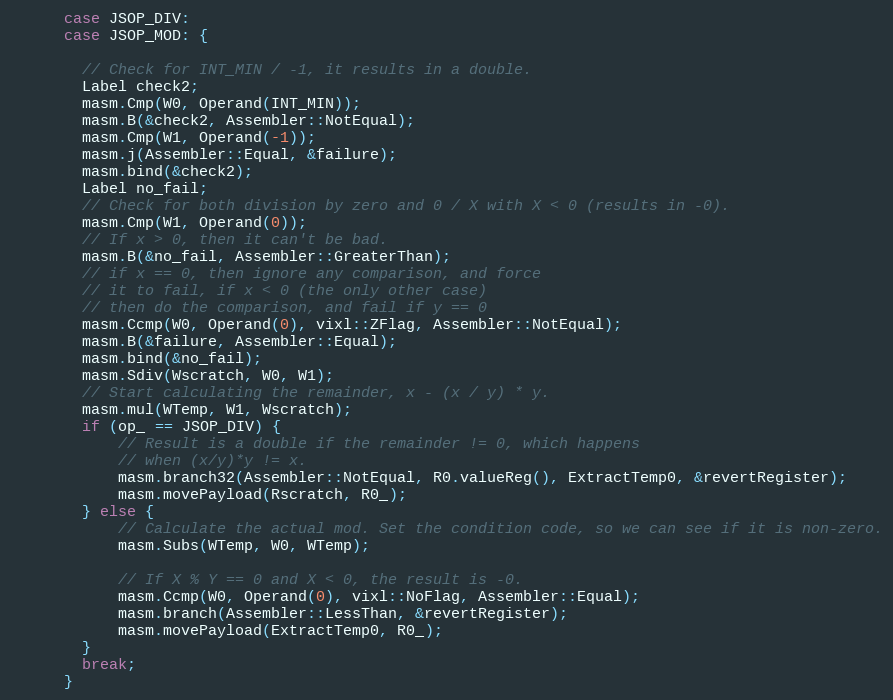
Language: C++
      case JSOP_DIV:
      case JSOP_MOD: {

        // Check for INT_MIN / -1, it results in a double.
        Label check2;
        masm.Cmp(W0, Operand(INT_MIN));
        masm.B(&check2, Assembler::NotEqual);
        masm.Cmp(W1, Operand(-1));
        masm.j(Assembler::Equal, &failure);
        masm.bind(&check2);
        Label no_fail;
        // Check for both division by zero and 0 / X with X < 0 (results in -0).
        masm.Cmp(W1, Operand(0));
        // If x > 0, then it can't be bad.
        masm.B(&no_fail, Assembler::GreaterThan);
        // if x == 0, then ignore any comparison, and force
        // it to fail, if x < 0 (the only other case)
        // then do the comparison, and fail if y == 0
        masm.Ccmp(W0, Operand(0), vixl::ZFlag, Assembler::NotEqual);
        masm.B(&failure, Assembler::Equal);
        masm.bind(&no_fail);
        masm.Sdiv(Wscratch, W0, W1);
        // Start calculating the remainder, x - (x / y) * y.
        masm.mul(WTemp, W1, Wscratch);
        if (op_ == JSOP_DIV) {
            // Result is a double if the remainder != 0, which happens
            // when (x/y)*y != x.
            masm.branch32(Assembler::NotEqual, R0.valueReg(), ExtractTemp0, &revertRegister);
            masm.movePayload(Rscratch, R0_);
        } else {
            // Calculate the actual mod. Set the condition code, so we can see if it is non-zero.
            masm.Subs(WTemp, W0, WTemp);

            // If X % Y == 0 and X < 0, the result is -0.
            masm.Ccmp(W0, Operand(0), vixl::NoFlag, Assembler::Equal);
            masm.branch(Assembler::LessThan, &revertRegister);
            masm.movePayload(ExtractTemp0, R0_);
        }
        break;
      }